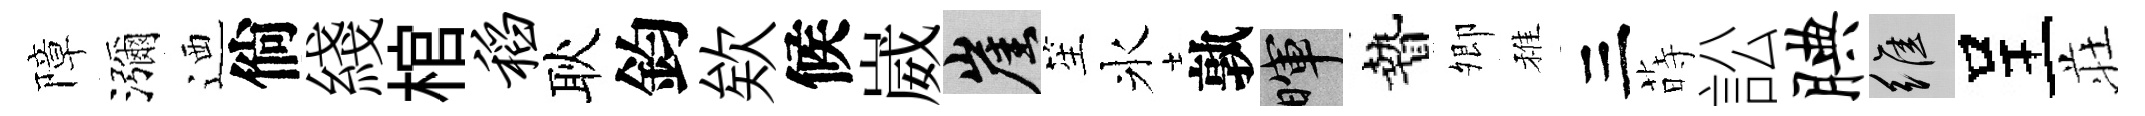
障瀰迺倘綫棺稻耿鈞欸候崴崖笙氷孰暉贄𡖖稚三蒔訟腆維呈荘